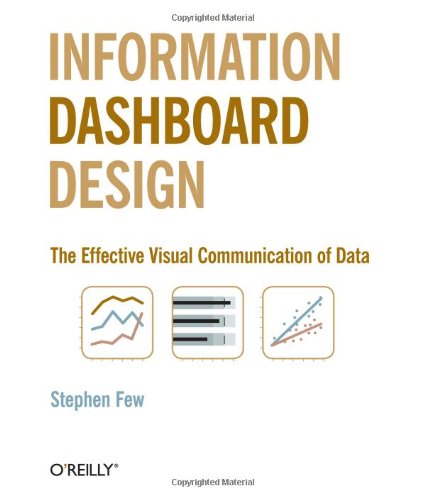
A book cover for Information Dashboard Design: The Effective Visual Communication of Data; Stephen Few; Computers & Technology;